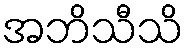
အဘိသီသိ